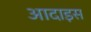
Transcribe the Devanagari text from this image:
आदाइस